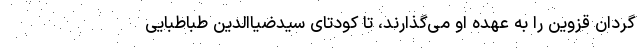
گردان قزوین را به عهده او می‌گذارند، تا کودتای سیدضیاالدین طباطبایی